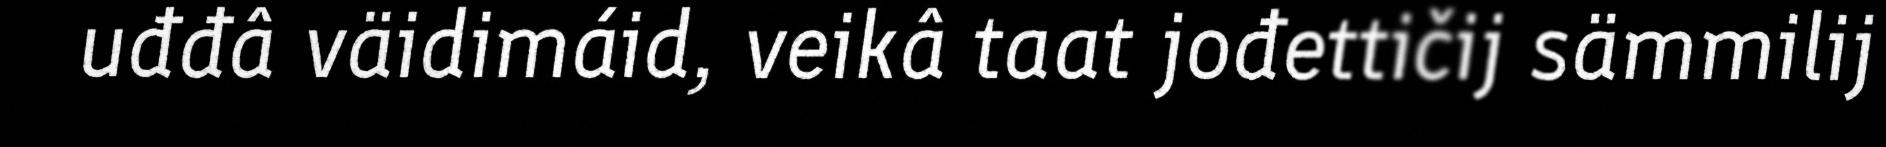
uđđâ väidimáid, veikâ taat jođettičij sämmilij